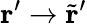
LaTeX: \mathbf{r}^{\prime}\rightarrow\tilde{\mathbf{r}}^{\prime}